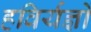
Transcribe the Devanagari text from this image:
हविर्यज्ञों